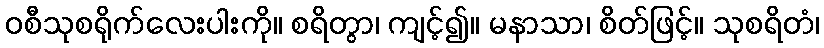
ဝစီသုစရိုက်လေးပါးကို။ စရိတွာ၊ ကျင့်၍။ မနာသာ၊ စိတ်ဖြင့်။ သုစရိတံ၊